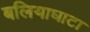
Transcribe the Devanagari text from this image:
बलियाघाटा